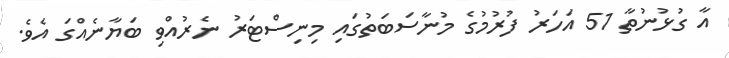
އާ ގުޅުނުތާ 51 އަހަރު ފުރުމުގެ މުނާސަބަތުގައި މިނިސްޓަރު ނެރުއްވި ބަޔާނެއްގަ އެވެ.